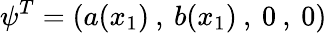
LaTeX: \psi^{T}=(a(x_{1})\: ,\: b(x_{1})\: ,\: 0\: ,\: 0)